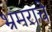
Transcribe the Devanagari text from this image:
भ्रमराचे